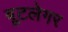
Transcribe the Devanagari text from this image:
बूटलेगर